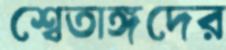
শ্বেতাঙ্গদের